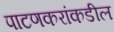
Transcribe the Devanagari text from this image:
पाटणकरांकडील